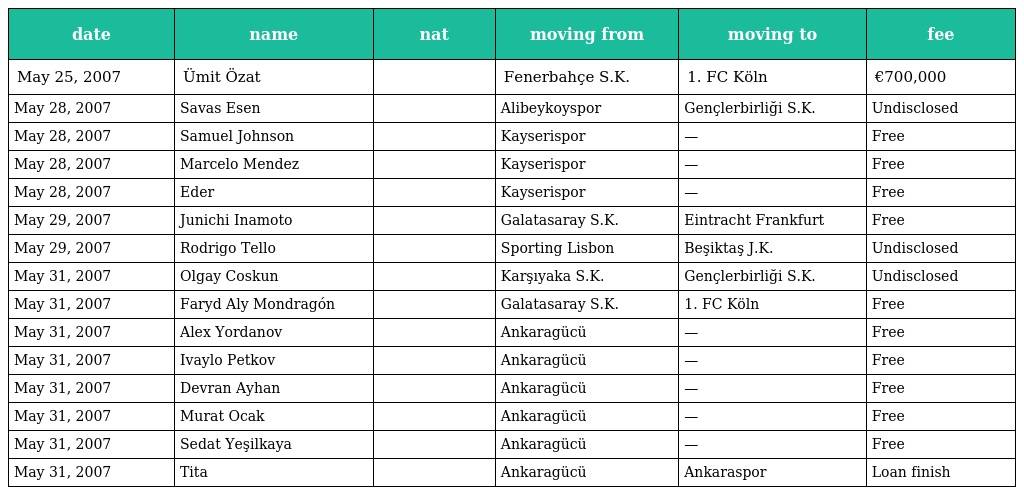
| date | name | nat | moving from | moving to | fee |
 | --- | --- | --- | --- | --- | --- |
 | May 25, 2007 | Ümit Özat |  | Fenerbahçe S.K. | 1. FC Köln | €700,000 |
 | May 28, 2007 | Savas Esen |  | Alibeykoyspor | Gençlerbirliği S.K. | Undisclosed |
 | May 28, 2007 | Samuel Johnson |  | Kayserispor | — | Free |
 | May 28, 2007 | Marcelo Mendez |  | Kayserispor | — | Free |
 | May 28, 2007 | Eder |  | Kayserispor | — | Free |
 | May 29, 2007 | Junichi Inamoto |  | Galatasaray S.K. | Eintracht Frankfurt | Free |
 | May 29, 2007 | Rodrigo Tello |  | Sporting Lisbon | Beşiktaş J.K. | Undisclosed |
 | May 31, 2007 | Olgay Coskun |  | Karşıyaka S.K. | Gençlerbirliği S.K. | Undisclosed |
 | May 31, 2007 | Faryd Aly Mondragón |  | Galatasaray S.K. | 1. FC Köln | Free |
 | May 31, 2007 | Alex Yordanov |  | Ankaragücü | — | Free |
 | May 31, 2007 | Ivaylo Petkov |  | Ankaragücü | — | Free |
 | May 31, 2007 | Devran Ayhan |  | Ankaragücü | — | Free |
 | May 31, 2007 | Murat Ocak |  | Ankaragücü | — | Free |
 | May 31, 2007 | Sedat Yeşilkaya |  | Ankaragücü | — | Free |
 | May 31, 2007 | Tita |  | Ankaragücü | Ankaraspor | Loan finish |